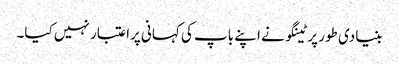
بنیادی طور پر ٹینگو نے اپنے باپ کی کہانی پراعتبار نہیں کیا۔